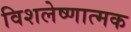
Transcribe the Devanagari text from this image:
विशलेष्णात्मक